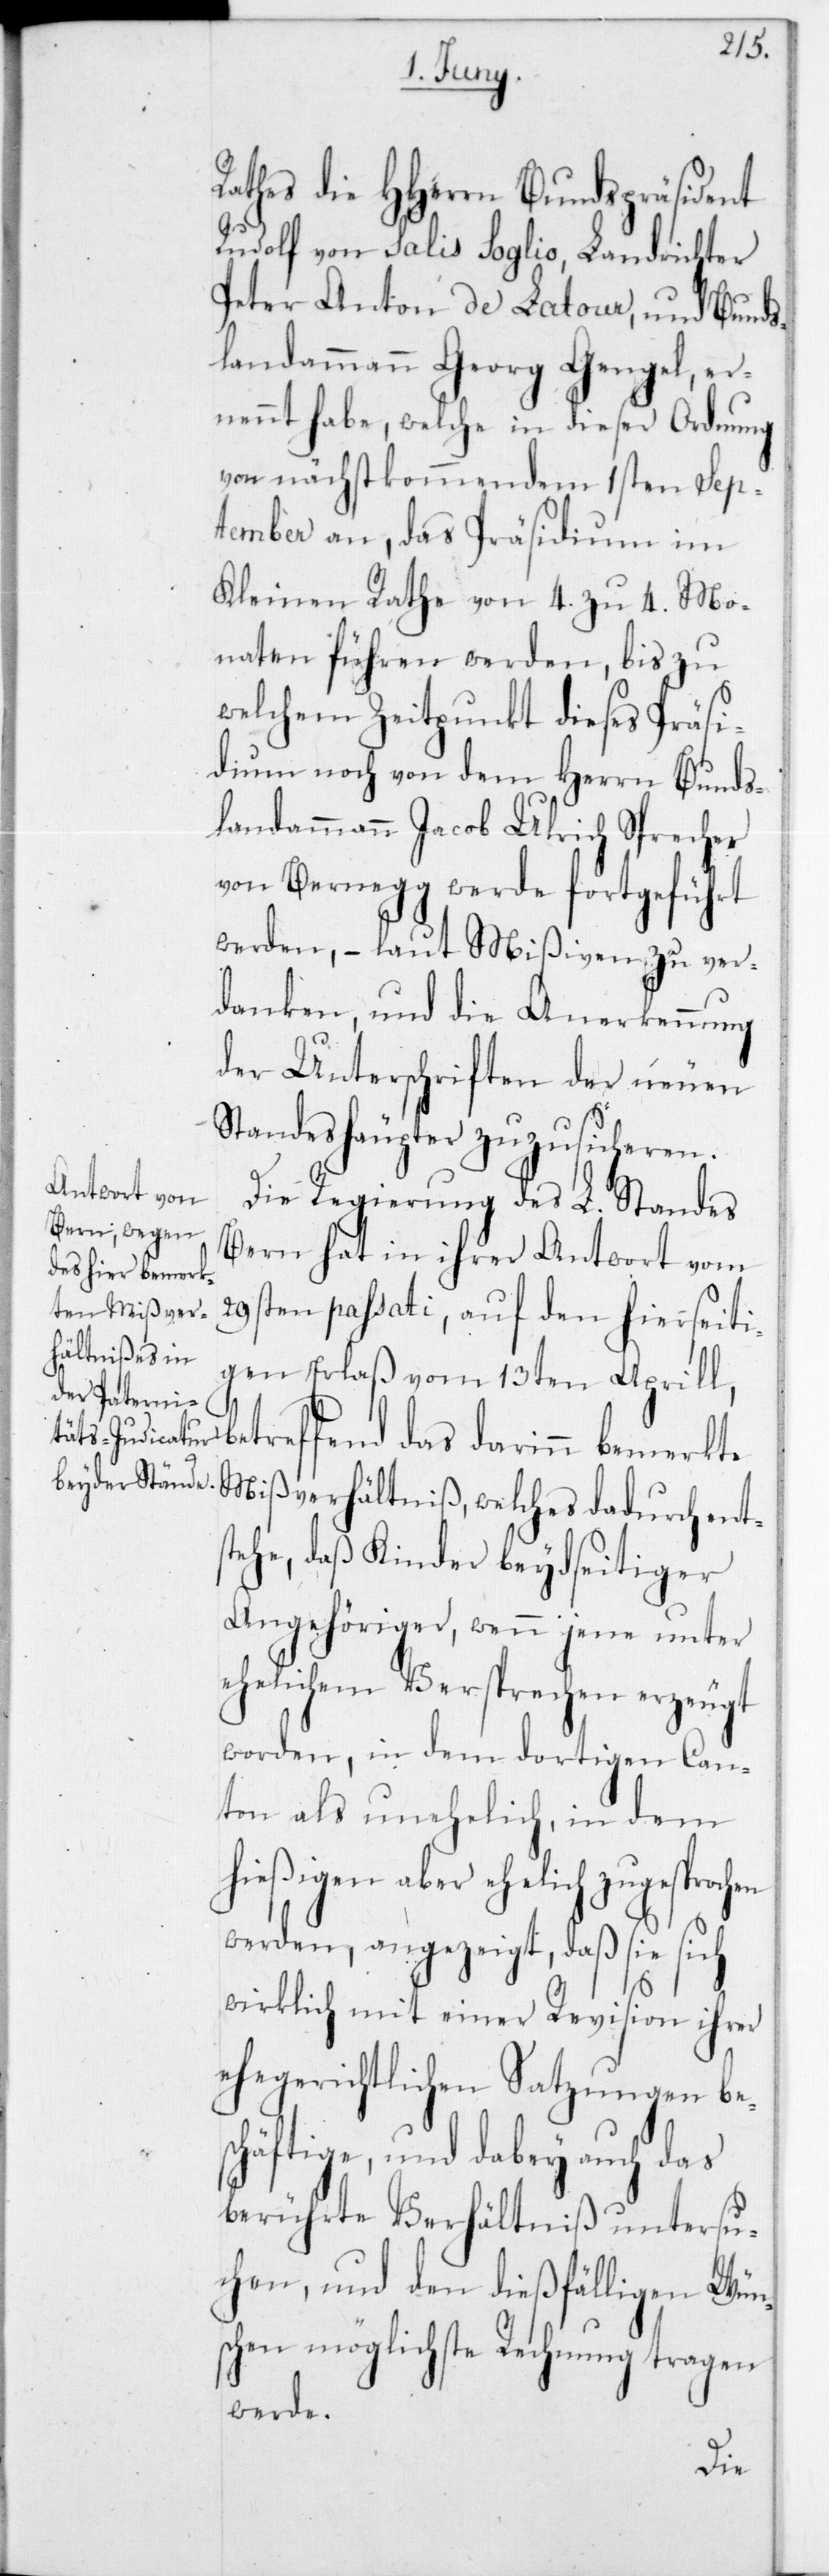
Rathes die HHerrn Bundespräsident
Rudolf von Salis Soglio, Landrichter
Peter Antond de Latour, und Bunds¬
landammann Georg Gengel, er¬
nannt habe, welche in dieser Ordnung
von nächstkommendem 1sten Sep¬
tember an, das Präsidium im
Kleinen Rathe von 4 zu 4 Mo¬
naten führen werden, bis zu
welchem Zeitpunkt dieses Präsi¬
dium noch von dem Herrn Bunds¬
landammann Jacob Ulrich Sprecher
von Bernegg werde fortgeführt
werden, – laut Mißiven zu ver¬
danken, und die Anerkennung
der Unterschriften der neuen
Standeshäupter zuzusicheren.
Die Regierung des L. Standes
Bern hat in ihrer Antwort vom
29sten passati, auf den hierseiti¬
gen Erlaß vom 13ten Aprill,b¬
etreffend das darin bemerkte
Mißverhältnis, welches dadurch ents¬
tehe, daß Kinder beydseitiger
Angehöriger, wenn jene unter
ehelichem Versprechen erzeugt
worden, in dem dortigen Can¬
ton als unehelich, in dem
hießigen aber ehelich zugesprochen
wirklich mit einer Revision ihrer
ehegerichtlichen Satzungen bes¬
chäftige, und dabey auch das
berührte Verhältniß untersu¬
chen, und den dießfälligen Wüns¬
chen möglichste Rechnung tragen
werde.
sie